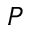
P